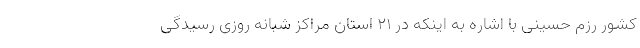
کشور رزم حسینی با اشاره به اینکه در ۲۱ استان مراکز شبانه روزی رسیدگی